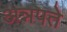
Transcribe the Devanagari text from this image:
अन्नपते